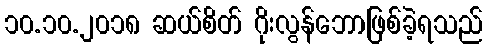
၁၀.၁၀.၂၀၁၈ ဆယ်စိတ် ဂိုးလွန်ဘောဖြစ်ခဲ့ရသည်